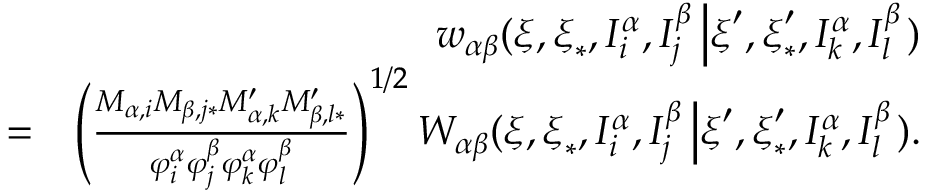
\begin{array} { r l r } & { } & { w _ { \alpha \beta } ( \boldsymbol { \xi } , \boldsymbol { \xi } _ { \ast } , I _ { i } ^ { \alpha } , I _ { j } ^ { \beta } \left\vert \boldsymbol { \xi } ^ { \prime } , \boldsymbol { \xi } _ { \ast } ^ { \prime } , I _ { k } ^ { \alpha } , I _ { l } ^ { \beta } \right. ) } \\ & { = } & { \left( \frac { M _ { \alpha , i } M _ { \beta , j \ast } M _ { \alpha , k } ^ { \prime } M _ { \beta , l \ast } ^ { \prime } } { \varphi _ { i } ^ { \alpha } \varphi _ { j } ^ { \beta } \varphi _ { k } ^ { \alpha } \varphi _ { l } ^ { \beta } } \right) ^ { 1 / 2 } W _ { \alpha \beta } ( \boldsymbol { \xi } , \boldsymbol { \xi } _ { \ast } , I _ { i } ^ { \alpha } , I _ { j } ^ { \beta } \left\vert \boldsymbol { \xi } ^ { \prime } , \boldsymbol { \xi } _ { \ast } ^ { \prime } , I _ { k } ^ { \alpha } , I _ { l } ^ { \beta } \right. ) \mathrm { . } } \end{array}